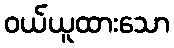
ဝယ်ယူထားသော